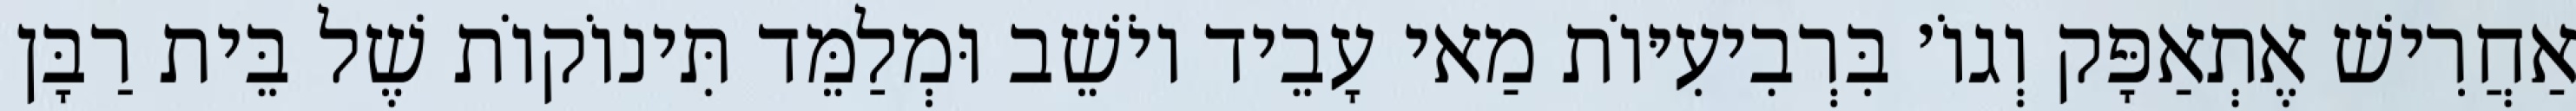
אַחֲרִישׁ אֶתְאַפָּק וְגוֹ׳ בִּרְבִיעִיּוֹת מַאי עָבֵיד יוֹשֵׁב וּמְלַמֵּד תִּינוֹקוֹת שֶׁל בֵּית רַבָּן